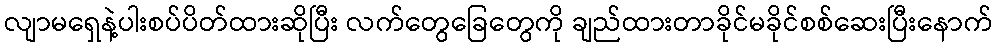
လျာမရှေနဲ့ပါးစပ်ပိတ်ထားဆိုပြီး လက်တွေခြေတွေကို ချည်ထားတာခိုင်မခိုင်စစ်ဆေးပြီးနောက်